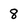
Character: 8